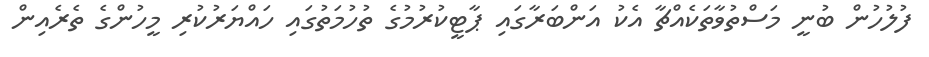
ފުލުހުން ބުނީ މަސްތުވާތަކެއްޗާ އެކު އަންބަރާގައި ޕާޓީކުރުމުގެ ތުހުމަތުގައި ހައްޔަރުކުރި މީހުންގެ ތެރެއިން